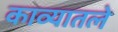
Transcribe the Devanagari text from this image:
काव्यातले